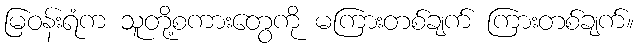
မြဝန်းရံက သူတို့စကားတွေကို မကြားတစ်ချက် ကြားတစ်ချက်။